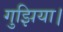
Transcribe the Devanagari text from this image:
गुझिया।